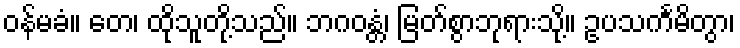
ဝန်မခံ။ တေ၊ ထိုသူတို့သည်။ ဘဂဝန္တံ၊ မြတ်စွာဘုရားသို့။ ဥပသင်္ကမိတွာ၊